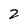
Character: 2